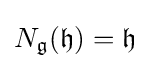
N_{\mathfrak {g}}({\mathfrak {h}})={\mathfrak {h}}